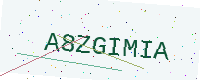
Text: A8ZGIMIA